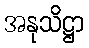
အနုသိဋ္ဌာ